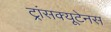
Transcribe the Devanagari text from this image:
ट्रांसक्यूटेनस